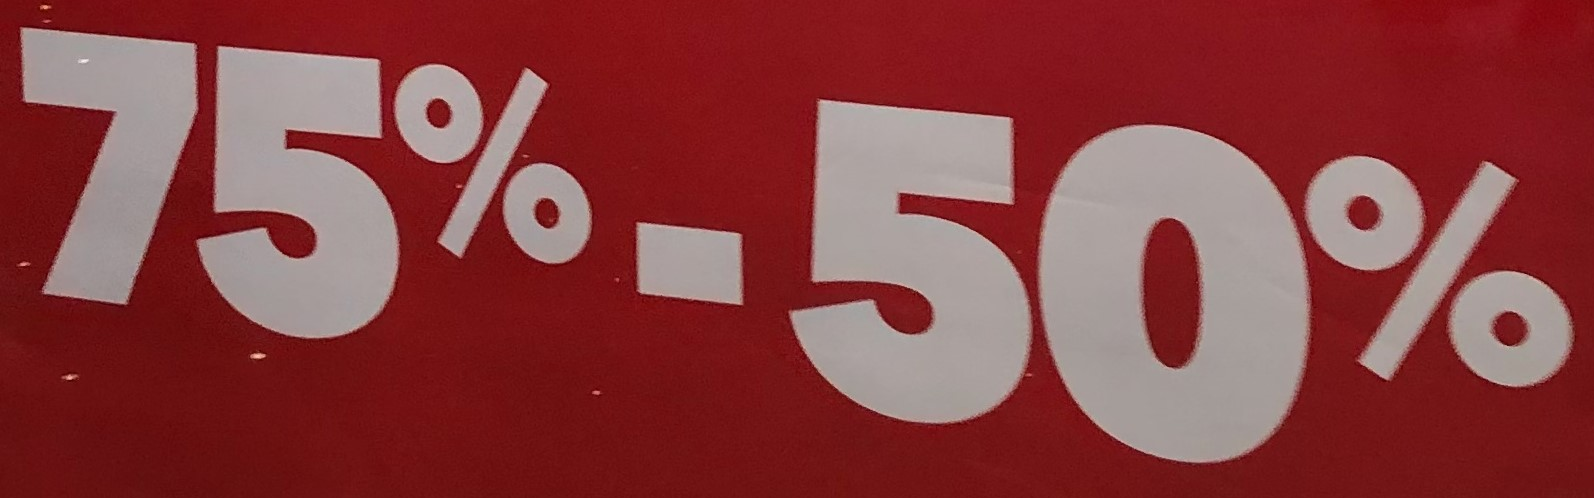
75%-50%